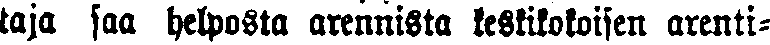
taja saa helposta arennista keskikokoisen arenti-